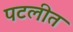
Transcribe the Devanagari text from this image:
पटलीत